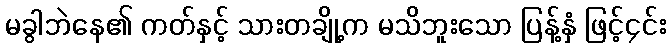
မခွါဘဲနေ၏ ကတ်နှင့် သားတချို့က မသိဘူးသော ပြန့်နှံ ဖြင့်၄င်း